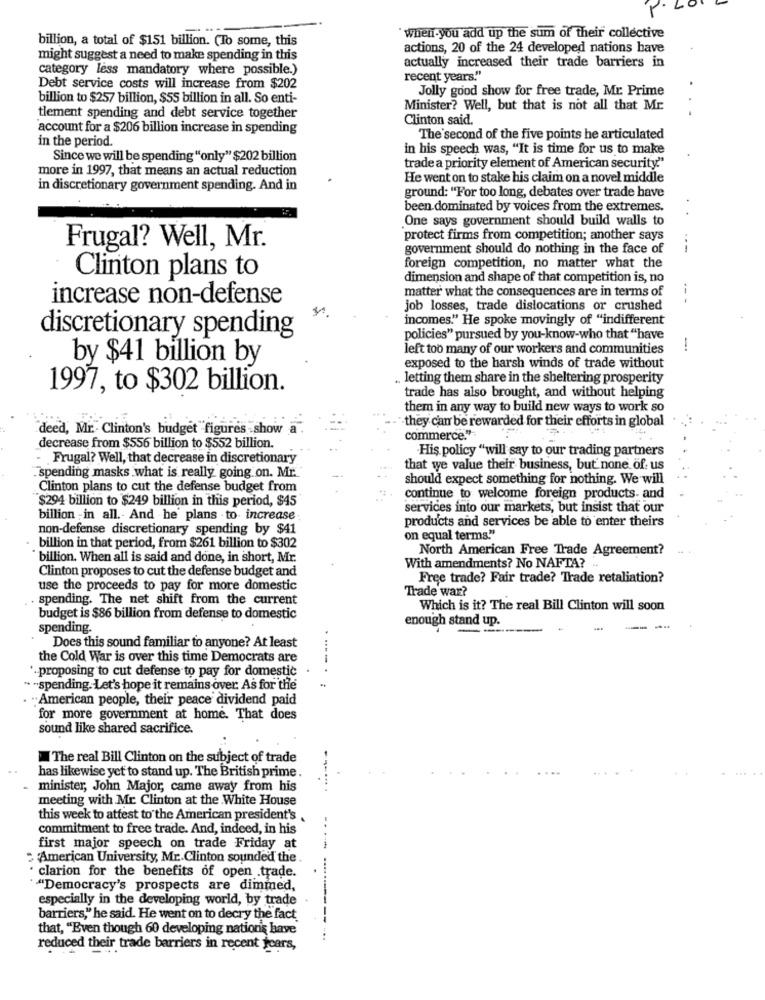
billion, a total of $151 billion. (To some, this
` when.you add up the sum of their collective
actions, 20 of the 24 developed nations have
might suggest a need to make spending in this
actually increased their trade barriers in
category less mandatory where possible.)
recent years."
Debt service costs will increase from $202
Jolly good show for free trade, Mr. Prime
billion to $257 billion, $55 billion in all. So enti-
Minister? Well, but that is not all that Mr.
..
tlement spending and debt service together
Clinton said.
account for a $206 billion increase in spending
in the period.
The second of the five points he articulated
in his speech was, "It is time for us to make
Since we will be spending "only" $202 billion
more in 1997, that means an actual reduction
trade a priority element of American security."
He went on to stake his claim on a novel middle
in discretionary government spending. And in
ground: "For too long, debates over trade have
been dominated by voices from the extremes.
One says government should build walls to
protect firms from competition; another says
Frugal? Well, Mr.
government should do nothing in the face of
--
foreign competition, no matter what the
Clinton plans to
dimension and shape of that competition is, no
matter what the consequences are in terms of
increase non-defense
-- -
job losses, trade dislocations or crushed
incomes." He spoke movingly of "indifferent
discretionary spending
policies" pursued by you-know-who that "have
left too many of our workers and communities
1
by $41 billion by
exposed to the harsh winds of trade without
. letting them share in the sheltering prosperity
1997, to $302 billion.
trade has also brought, and without helping
them in any way to build new ways to work so
they can be rewarded for their efforts in global
deed, Mr. Clinton's budget figures show
commerce."
decrease from $556 billion to $552 billion.
His policy "will say to our trading partners
- Frugal? Well, that decrease in discretionary
that we value their business, but none of us
"spending masks what is really going on. Mr.
should expect something for nothing. We will
Clinton plans to cut the defense budget from
$294 billion to $249 billion in this period, $45
continue to welcome foreign products- and
services into our markets, but insist that our
billion -in all. And he' plans - to increase
products and services be able to enter theirs
non-defense discretionary spending by $41
on equal terms."
·billion in that period, from $261 billion to $302
North American Free Trade Agreement?
billion. When all is said and done, in short, Mr.
With amendments? No NAFTA?
Clinton proposes to cut the defense budget and
Free trade? Fair trade? Trade retaliation?
use the proceeds to pay for more domestic
Trade war?
. spending. The net shift from the current
Which is it? The real Bill Clinton will soon
budget is $86 billion from defense to domestic
enough stand up.
spending.
Does this sound familiar to anyone? At least
the Cold War is over this time Democrats are
*. proposing to cut defense to pay for domestic
" -spending. Let's hope it remains over. As for the
:American people, their peace dividend paid
for more government at home. That does
sound like shared sacrifice.
The real Bill Clinton on the subject of trade
has likewise yet to stand up. The British prime.
minister, John Major, came away from his
meeting with Mr. Clinton at the White House
this week to attest to the American president's.
commitment to free trade. And, indeed, in his
-.
first major speech on trade Friday at
American University, Mr .. Clinton sounded the .
· clarion for the benefits of open .trade.
"Democracy's prospects are dimmed,
especially in the developing world, by trade
barriers," he said. He went on to decry the fact
that, "Even though 60 developing nation's have
...
reduced their trade barriers in recent years,